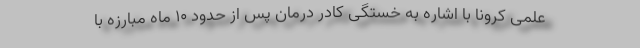
علمی کرونا با اشاره به خستگی کادر درمان پس از حدود ۱۰ ماه مبارزه با